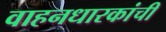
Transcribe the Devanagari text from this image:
वाहनधारकांची